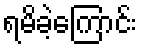
ရမိခဲ့ကြောင်း